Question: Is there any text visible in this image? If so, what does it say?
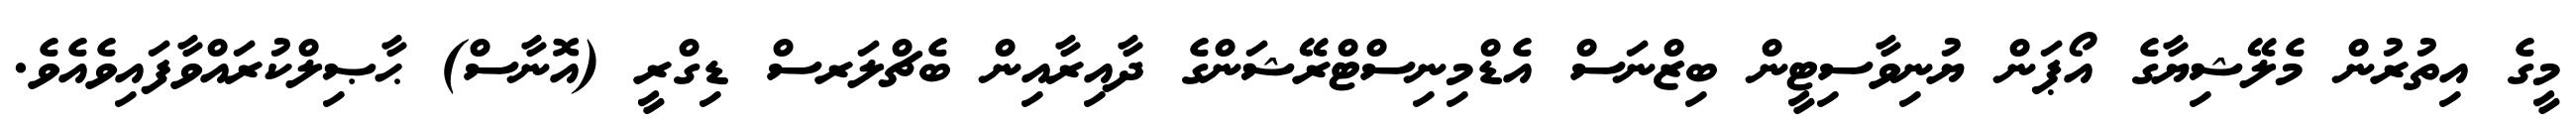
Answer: މީގެ އިތުރުން މެލޭޝިޔާގެ އޯޕަން ޔުނިވާސިޓީން ބިޒްނަސް އެޑްމިނިސްޓްރޭޝަންގެ ދާއިރާއިން ބެޗްލަރސް ޑިގްރީ (އޮނާސް) ޙާޞިލްކުރައްވާފައިވެއެވެ.